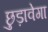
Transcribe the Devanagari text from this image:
छुड़ावेगा